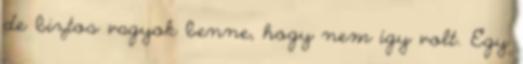
de biztos vagyok benne, hogy nem így volt. Egy